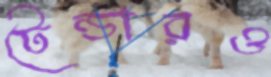
টেন্ডারও